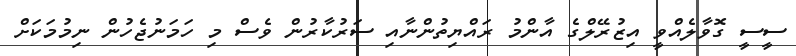
ސީސީ ގޮވާލެއްވީ އިޒުރޭލްގެ އާންމު ރައްޔިތުންނާއި ސަރުކާރުން ވެސް މި ހަމަނުޖެހުން ނިމުމަކަށް